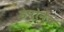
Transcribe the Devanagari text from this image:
डेपोनेच